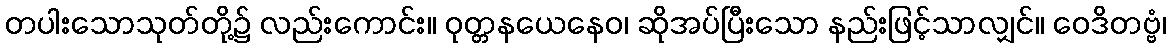
တပါးသောသုတ်တို့၌ လည်းကောင်း။ ဝုတ္တနယေနေဝ၊ ဆိုအပ်ပြီးသော နည်းဖြင့်သာလျှင်။ ဝေဒိတဗ္ဗံ၊